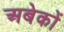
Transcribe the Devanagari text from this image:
अबेकों